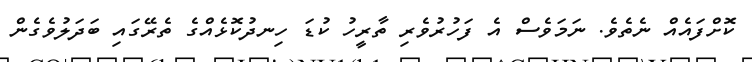
ކޮށްފައެއް ނެތެވެ. ނަމަވެސް އެ ފަހުރުވެރި ތާރީހު ކުޑަ ހިނދުކޮޅެއްގެ ތެރޭގައި ބަދަލުވެގެން